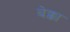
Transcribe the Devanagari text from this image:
बेक्का